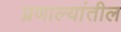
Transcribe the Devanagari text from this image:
प्रणाल्यांतील